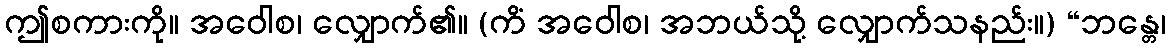
ဤစကားကို။ အဝေါစ၊ လျှောက်၏။ (ကိံ အဝေါစ၊ အဘယ်သို့ လျှောက်သနည်း။) “ဘန္တေ၊